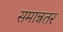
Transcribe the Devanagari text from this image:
समान्नतर